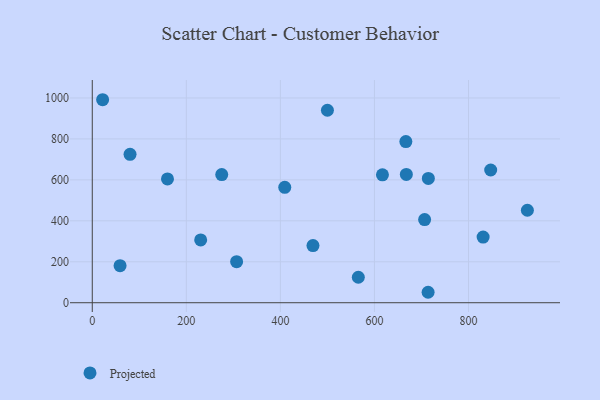
{"axis": {"x": "Ad Spend", "y": "Yield"}, "legend": ["Projected"], "data": [{"x": "80.3", "y": 724.6, "type": "Projected"}, {"x": "831.1", "y": 320.4, "type": "Projected"}, {"x": "306.9", "y": 200.4, "type": "Projected"}, {"x": "469.3", "y": 279.0, "type": "Projected"}, {"x": "409.3", "y": 563.8, "type": "Projected"}, {"x": "500.0", "y": 940.1, "type": "Projected"}, {"x": "22.0", "y": 991.4, "type": "Projected"}, {"x": "925.2", "y": 451.5, "type": "Projected"}, {"x": "666.8", "y": 787.0, "type": "Projected"}, {"x": "159.9", "y": 604.5, "type": "Projected"}, {"x": "565.7", "y": 124.5, "type": "Projected"}, {"x": "617.0", "y": 624.5, "type": "Projected"}, {"x": "714.6", "y": 606.8, "type": "Projected"}, {"x": "847.2", "y": 648.1, "type": "Projected"}, {"x": "59.1", "y": 180.9, "type": "Projected"}, {"x": "667.8", "y": 626.8, "type": "Projected"}, {"x": "706.7", "y": 405.9, "type": "Projected"}, {"x": "714.1", "y": 51.0, "type": "Projected"}, {"x": "230.5", "y": 306.6, "type": "Projected"}, {"x": "275.3", "y": 625.8, "type": "Projected"}]}